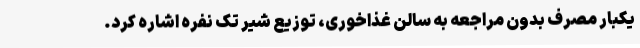
یکبار مصرف بدون مراجعه به سالن غذاخوری، توزیع شیر تک نفره اشاره کرد.